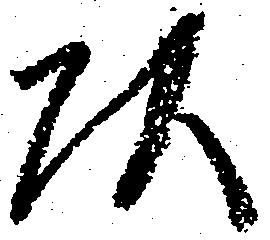
頭